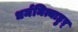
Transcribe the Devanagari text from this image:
धर्ममित्याहुऱ्